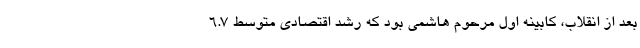
بعد از انقلاب، کابینه اول مرحوم هاشمی بود که رشد اقتصادی متوسط ۶.۷